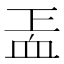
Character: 𧖬